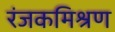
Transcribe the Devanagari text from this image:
रंजकमिश्रण